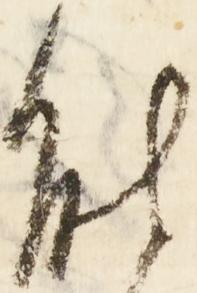
能